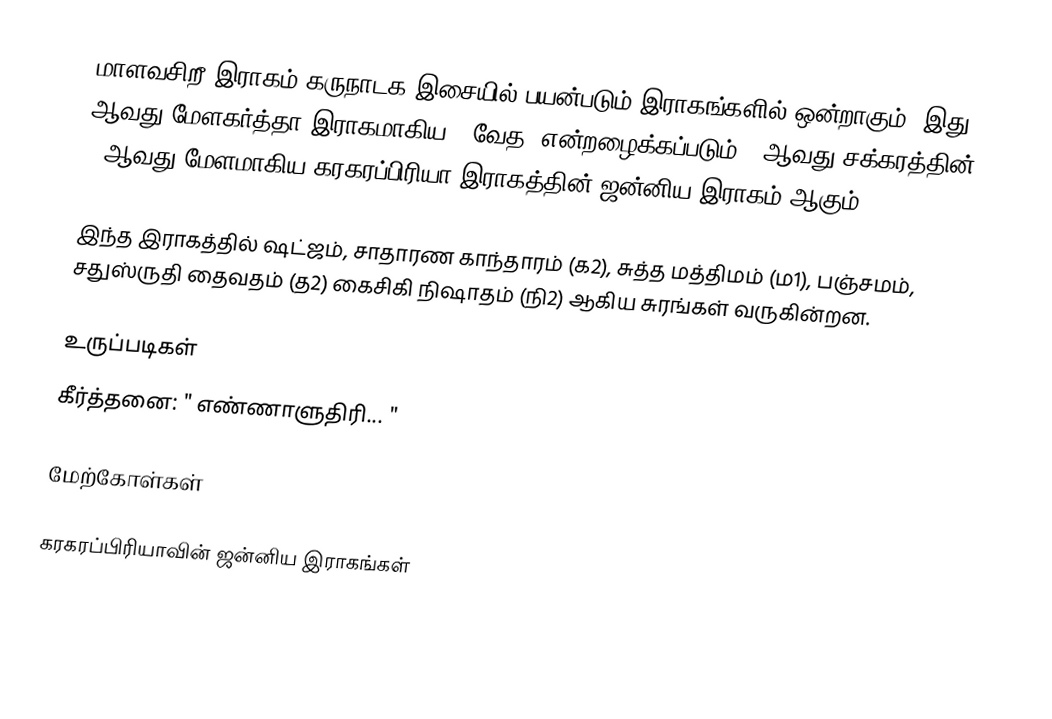
மாளவசிறீ இராகம் கருநாடக இசையில் பயன்படும் இராகங்களில் ஒன்றாகும். இது 4 ஆவது மேளகர்த்தா இராகமாகிய, "வேத" என்றழைக்கப்படும் 4 ஆவது சக்கரத்தின் 4 ஆவது மேளமாகிய கரகரப்பிரியா இராகத்தின் ஜன்னிய இராகம் ஆகும்.

இந்த இராகத்தில் ஷட்ஜம், சாதாரண காந்தாரம் (க2), சுத்த மத்திமம் (ம1), பஞ்சமம், சதுஸ்ருதி தைவதம் (த2) கைசிகி நிஷாதம் (நி2) ஆகிய சுரங்கள் வருகின்றன.

உருப்படிகள்
 கீர்த்தனை: " எண்ணாளுதிரி... "

மேற்கோள்கள்

கரகரப்பிரியாவின் ஜன்னிய இராகங்கள்